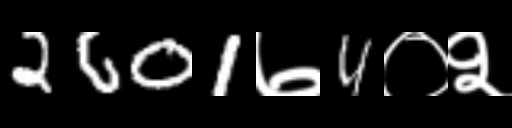
Text: 2601७4०२